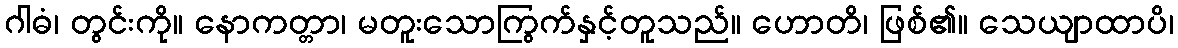
ဂါဓံ၊ တွင်းကို။ နောကတ္တာ၊ မတူးသောကြွက်နှင့်တူသည်။ ဟောတိ၊ ဖြစ်၏။ သေယျာထာပိ၊